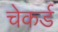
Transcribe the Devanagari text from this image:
चेकर्ड